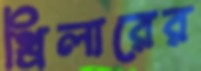
থ্রিলারের